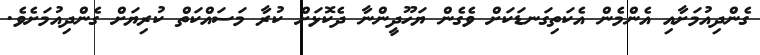
ގެންދިއުމަށާއި އެންމެން އެކަތިގަނޑަކަށް ވެގެން ޔަހޫދީންނާ ދެކޮޅަށް ކުރާ މަސައްކަތް ކުރިޔަށް ގެންދިއުމަށެވެ.